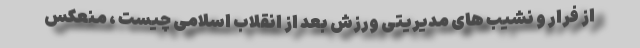
از فرار و نشیب های مدیریتی ورزش بعد از انقلاب اسلامی چیست ، منعکس